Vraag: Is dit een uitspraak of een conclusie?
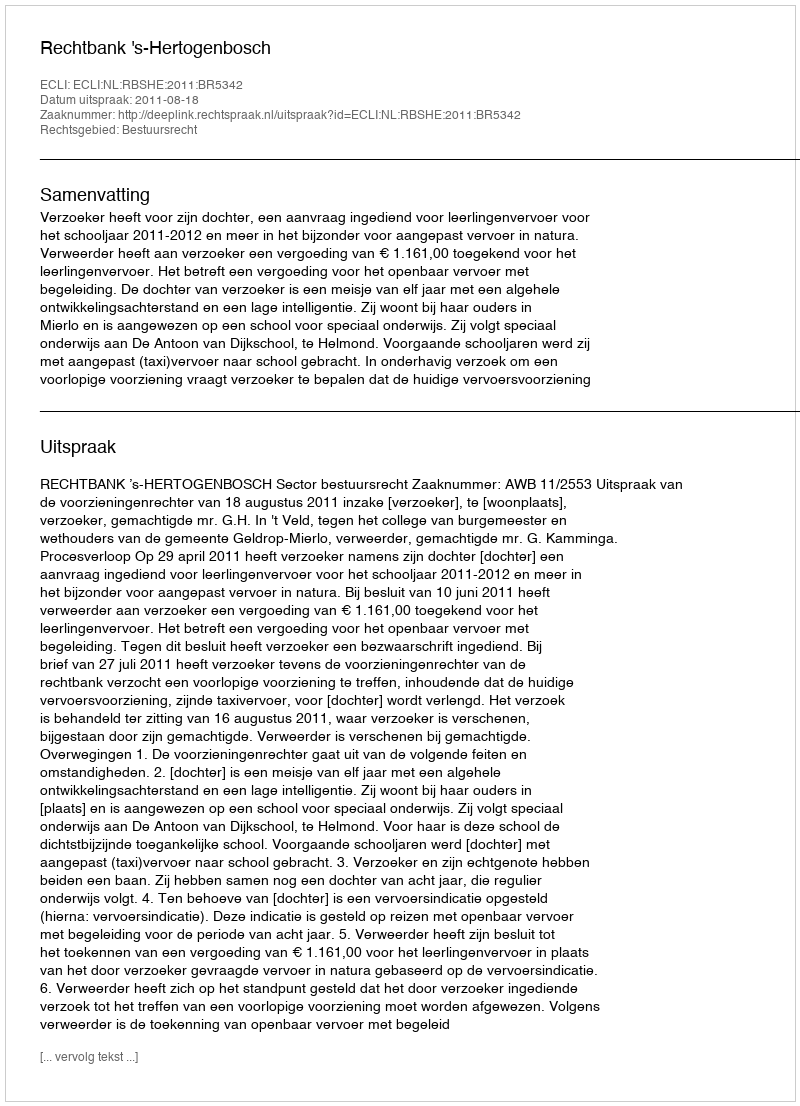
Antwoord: Uitspraak